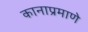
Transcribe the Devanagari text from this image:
कानाप्रमाणे